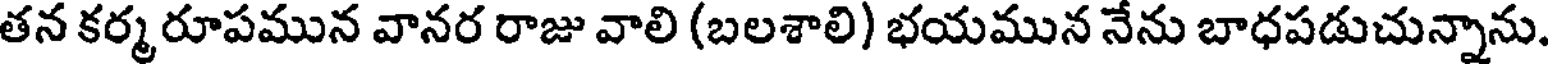
తన కర్మ రూపమున వానర రాజు వాలి (బలశాలి) భయమున నేను బాధపడుచున్నాను.